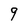
Character: 9